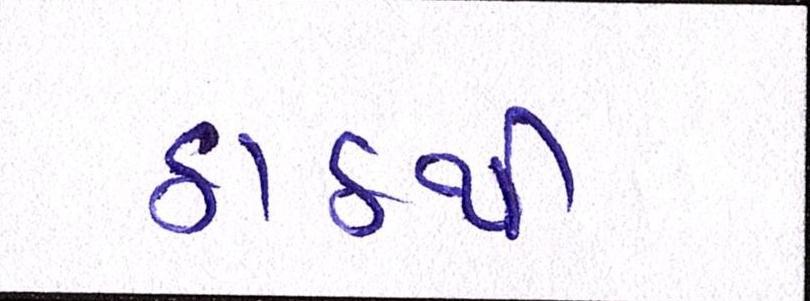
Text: ઠાઠથી